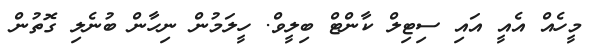
މީހެއް އެއީ އައި ސިޓިލް ކާންޓް ބިލީވް. ހީލަމުން ނިހާން ބުނެލި ގޮތުން